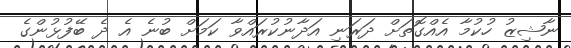
ނާޝިޒު ހުކުމާ އެއްގޮތަށް ދަރަނި އަދާނުކުރައްވާ ކަމަށް ބުނެ އެ ދެ ބޭފުޅުންގެ